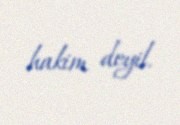
hakim deyil.